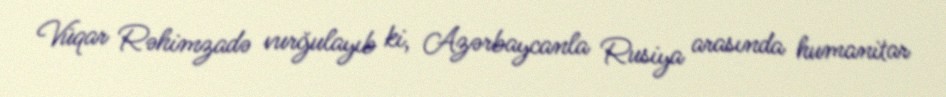
Vüqar Rəhimzadə vurğulayıb ki, Azərbaycanla Rusiya arasında humanitar